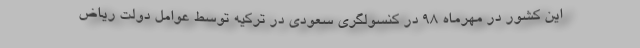
این کشور در مهرماه ۹۸ در کنسولگری سعودی در ترکیه توسط عوامل دولت ریاض